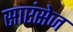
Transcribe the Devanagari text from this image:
साएंसेज